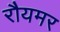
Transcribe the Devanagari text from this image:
रौयमर